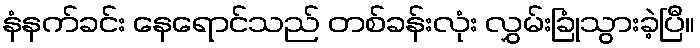
နံနက်ခင်း နေရောင်သည် တစ်ခန်းလုံး လွှမ်းခြုံသွားခဲ့ပြီ။